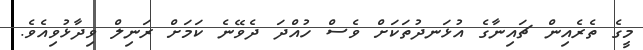
މީގެ ތެރެއިން ޗައިނާގެ އުޅަނދުތަކަށް ވެސް ހުއްދަ ދެވޭނެ ކަމަށް ރަނިލް ވިދާޅުވިއެވެ.